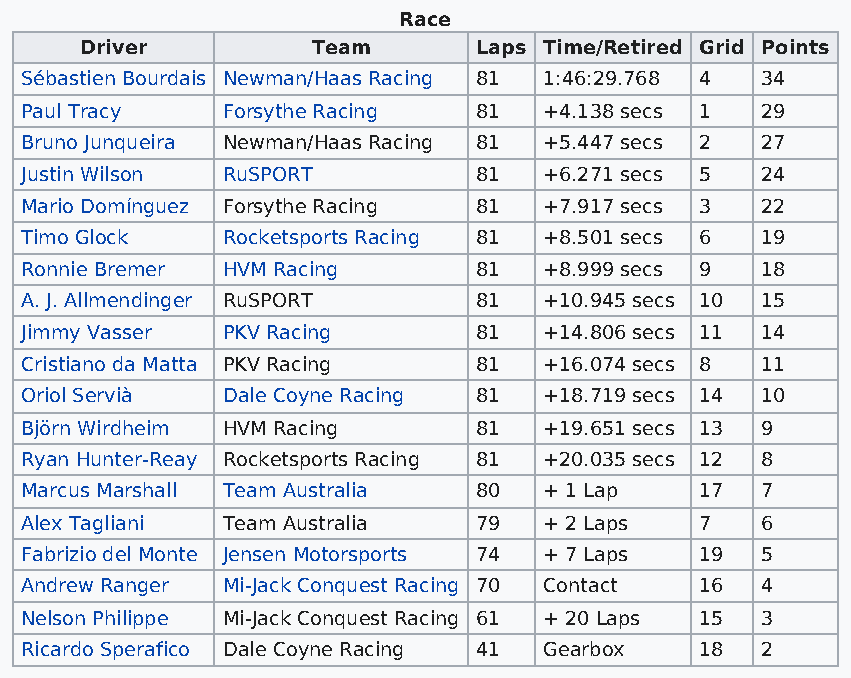
Race
 Driver          Team      Laps Time/Retired Grid Points
 Sébastien Bourdais Newman/Haas Racing 81 1:46:29.768 4 34
 Paul Tracy    Forsythe Racing 81   +4.138 secs 1 29
 Bruno Junqueira Newman/Haas Racing 81 +5.447 secs 2 27
 Justin Wilson RuSPORT         81   +6.271 secs 5 24
 Mario Domínguez Forsythe Racing 81 +7.917 secs 3 22
 Timo Glock    Rocketsports Racing 81 +8.501 secs 6 19
 Ronnie Bremer HVM Racing      81   +8.999 secs 9 18
 A. J. Allmendinger RuSPORT    81   +10.945 secs 10 15
 Jimmy Vasser  PKV Racing      81   +14.806 secs 11 14
 Cristiano da Matta PKV Racing 81   +16.074 secs 8 11
 Oriol Servià  Dale Coyne Racing 81 +18.719 secs 14 10
 Björn Wirdheim HVM Racing     81   +19.651 secs 13 9
 Ryan Hunter-Reay Rocketsports Racing 81 +20.035 secs 12 8
 Marcus Marshall Team Australia 80  + 1 Lap   17  7
 Alex Tagliani Team Australia  79   + 2 Laps  7   6
 Fabrizio del Monte Jensen Motorsports 74 + 7 Laps 19 5
 Andrew Ranger Mi-Jack Conquest Racing 70 Contact 16 4
 Nelson Philippe Mi-Jack Conquest Racing 61 + 20 Laps 15 3
 Ricardo Sperafico Dale Coyne Racing 41 Gearbox 18 2